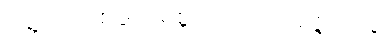
မွေ့လျော်စဖွယ်ရှိစွတကား။ အဇ္ဇ၊ ယခု။